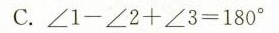
C.$$∠ 1 - ∠ 2 + ∠ 3 = 1 8 0 °$$